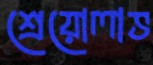
শ্রেয়োলাভ